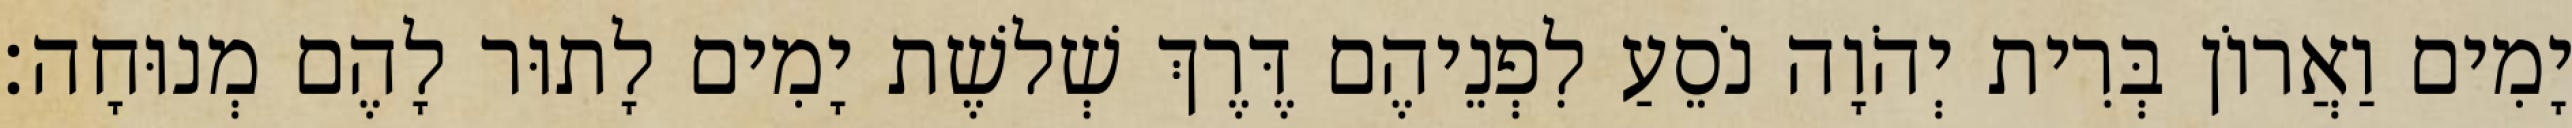
יָמִים וַאֲרוֹן בְּרִית יְהֹוָה נֹסֵעַ לִפְנֵיהֶם דֶּרֶךְ שְׁלשֶׁת יָמִים לָתוּר לָהֶם מְנוּחָה׃